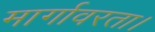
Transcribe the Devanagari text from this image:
मार्गावरता।